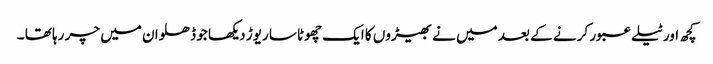
کچھ اور ٹیلے عبور کر نے کے بعد میں نے بھیڑوں کا ایک چھوٹاسا ریوڑ دیکھا جو ڈھلوان میں چر رہا تھا ۔